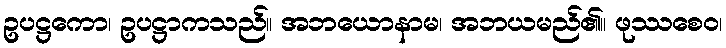
ဥပဋ္ဌကော၊ ဥပဋ္ဌာကသည်။ အဘယောနာမ၊ အဘယမည်၏။ ဖုဿစေဝ၊